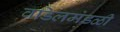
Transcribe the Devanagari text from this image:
वडिलमंडळी